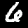
Label: 6